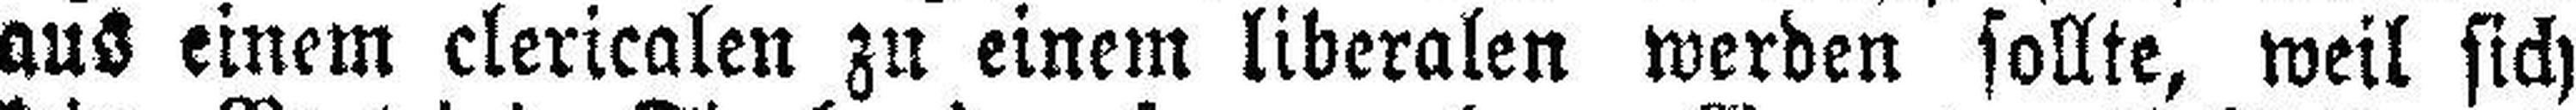
aus einem clericalen zu einem liberalen werden sollte, weil sich